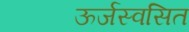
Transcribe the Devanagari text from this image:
ऊर्जस्वसित